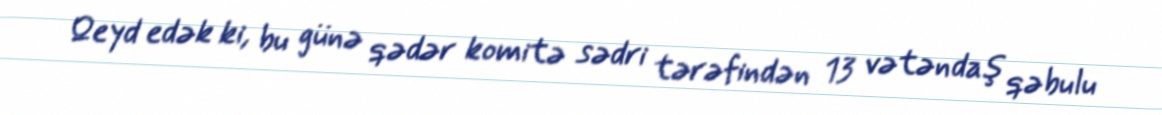
Qeyd edək ki, bu günə qədər komitə sədri tərəfindən 13 vətəndaş qəbulu